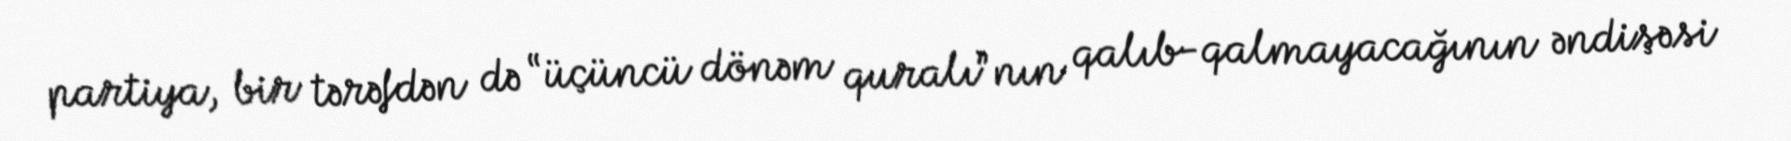
partiya, bir tərəfdən də “üçüncü dönəm quralı”nın qalıb-qalmayacağının əndişəsi